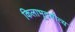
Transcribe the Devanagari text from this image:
किलाभूदधीत्य